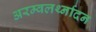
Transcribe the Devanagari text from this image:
अरम्वलर्थ्नादन